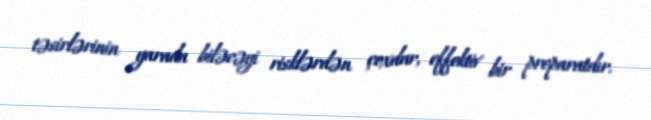
təsirlərinin yarada biləcəyi risklərdən çoxdur, effektiv bir preparatdır.